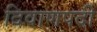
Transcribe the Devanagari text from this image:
दिवाणपदी